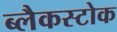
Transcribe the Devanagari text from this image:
ब्लैकस्टोक